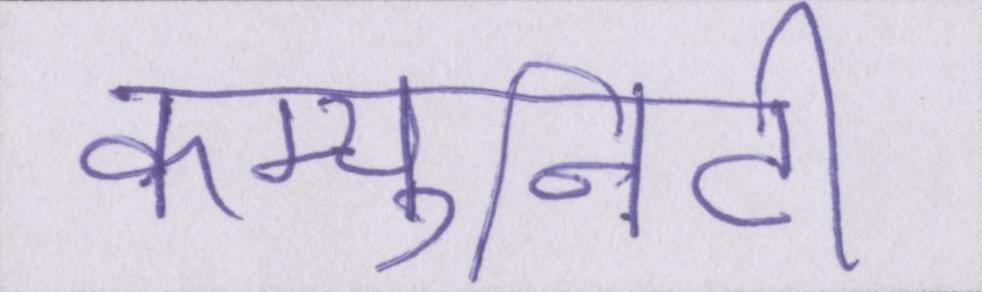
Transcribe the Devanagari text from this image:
कम्युनिटी